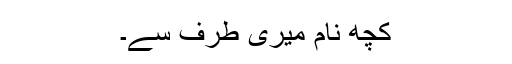
کچھ نام میری طرف سے۔